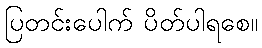
ပြတင်းပေါက် ပိတ်ပါရစေ။